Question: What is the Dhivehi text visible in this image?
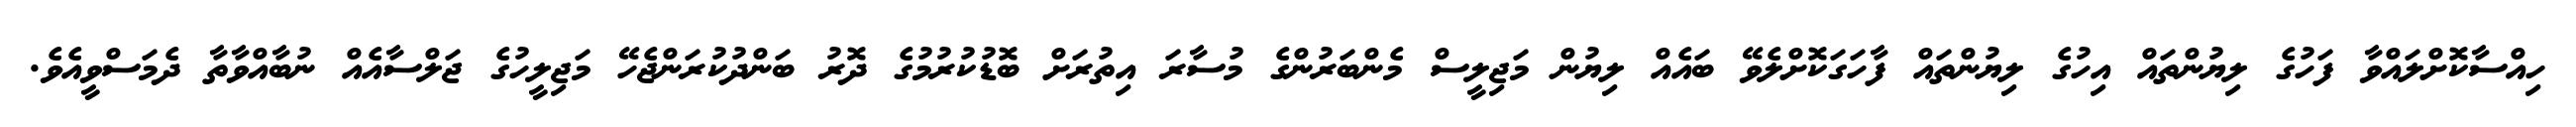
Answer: ހިއްސާކޮށްލައްވާ ފަހުގެ ލިޔުންތައް އިހުގެ ލިޔުންތައް ފާހަގަކޮށްލެވޭ ބައެއް ލިޔުން މަޖިލީސް މެންބަރުންގެ މުސާރަ އިތުރަށް ބޮޑުކުރުމުގެ ދޮރު ބަންދުކުރަންޖެހޭ މަޖިލީހުގެ ޖަލްސާއެއް ނުބާއްވާތާ ދެމަސްވީއެވެ.